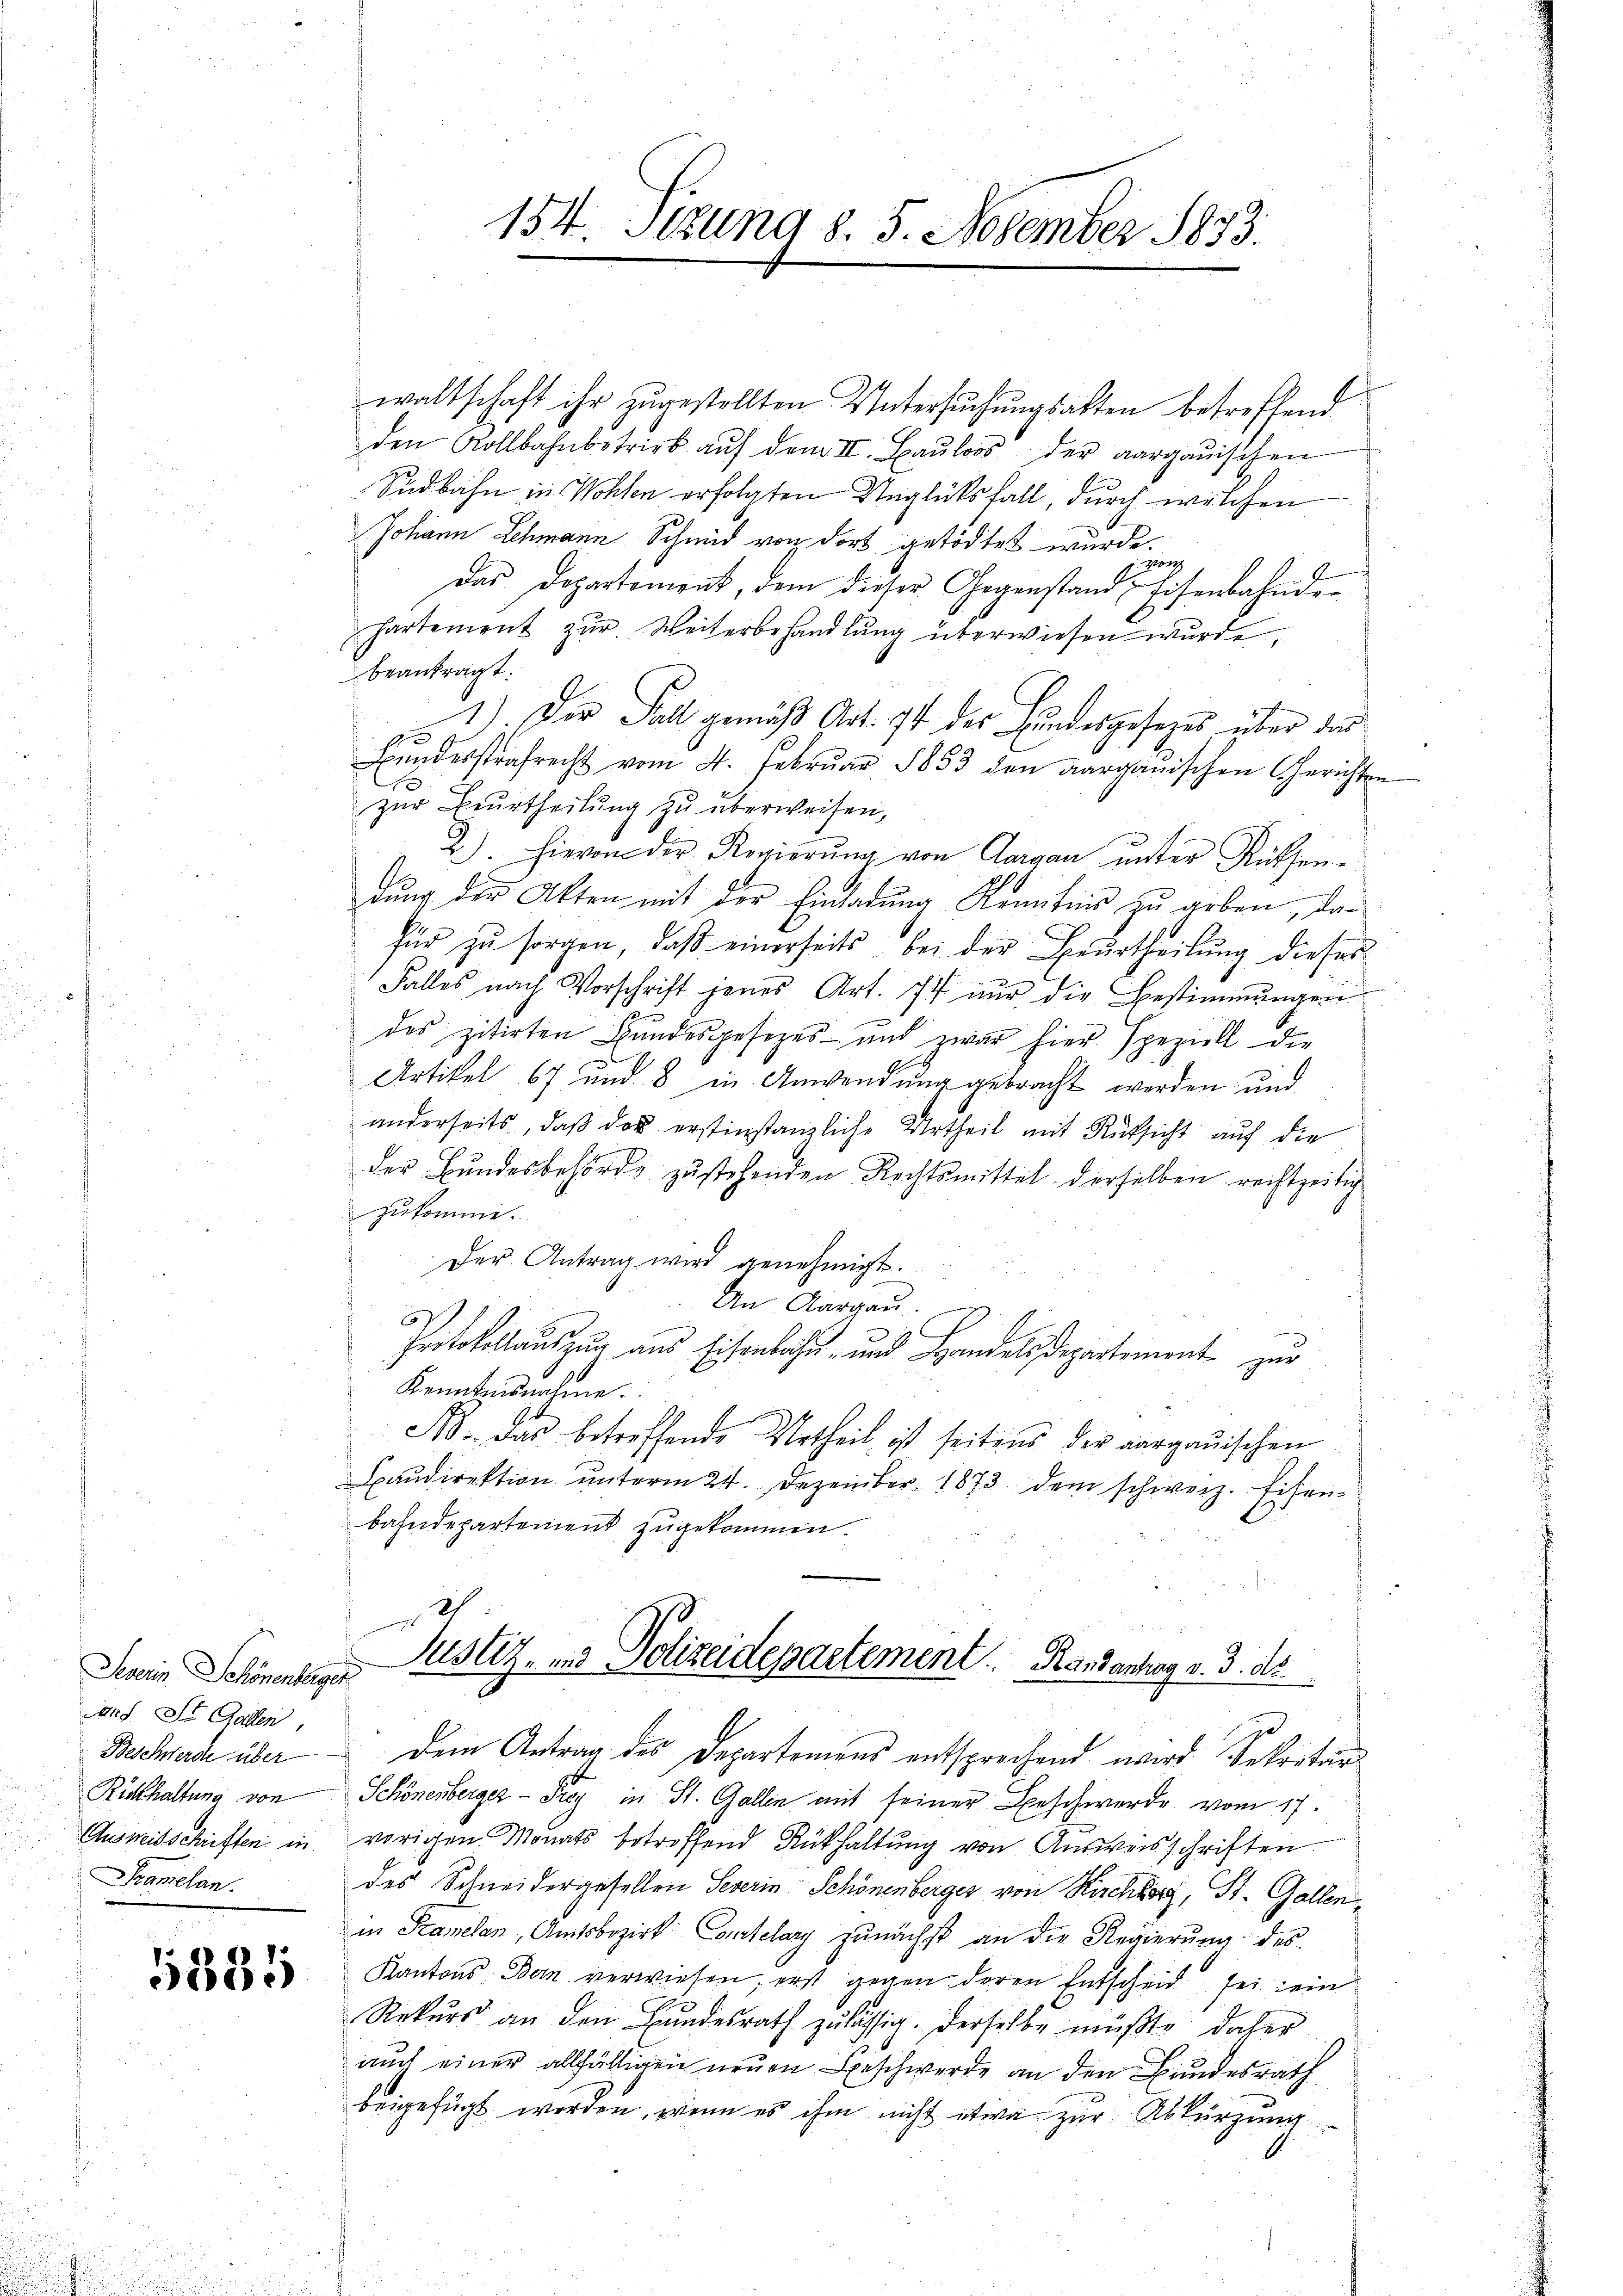
u

Severin Schönenberget
auf St. Gallen
Beschwerde über
Rickhaltung von
Ausweisschriften in
Pramelan

5885

154. Fezung d. 5. November 1833.

waltschaft ihr zugestellten Untersuchungsakten betreffend
den Rollbahnbetrieb aŭf dem II. Baŭloos der aargauischen
Südbahn in Wohlen erfolgten Unglücksfall durch welchen
Johann Schmann Schmid von dort getödtet wurde.
g
Das Departement, dem dieser Gegenstand Eisenbahnde
Partement zur Weiterbehandlung überwiesen wurde,
beantragt:
1.) Der Fall gemäß Art. 74 des Bundesgesezes über das
s
Bundesstrafrecht vom 4. Februar 1853 den aarganischen Gerichten
zŭr Beurtheilŭng zŭ überweisen,
2). Hievon der Regierŭng von Aargau ŭnter Rücksen-
dung der Akten mit der Einladung Kenntnis zu geben, dafür zŭ sorgen, daβ einerseits bei der Beurtheilung dieses
Falles nach Vorschrift jenes Art. 74 nŭr die Bestimmungen
des zitirten Bundesgesezes- und zwar hier speziell der
Artikel 67 und 8 in Anwendung gebracht werden und
anderseits, daß das erstinstanzliche Urtheil mit Rücksicht auf die
der Bŭndesbehörde zustehenden Rechtsmittel derselben rechtzeitig
zukomme.
Der Antrag wird genehmigt.
An Aargau.
5
Protokollauszug aus Eisenbahn- und Handelsdepartement zur
Kenntnisnahme.
Ns. das betreffende Urtheil ist seitens der aargauischen
Baudirektion unterm 24. Dezember 1873 dem schweiz. Eisenbahndepartement zugekommen.
e
Justiz- und Polizeidepartement.   Randantag v. 3. ds.
Dem Antrag des Departemens entsprechend wird Sekretär
Schönenberger - Frey in St. Gallin mit seiner Beschwerde vom 17.
vorigen Monats betreffend Rükhaltung von Ausweisschriften
des Schneidergesellen Severin Schönenberger von Kirchhor, St. Gallen,
in Kamelan, Amtsbezirk Comtelary zunächst an die Regierŭng des
Kantons Bern verwiesen, erst gegen deren Entscheid sei ein
Rekŭrs an den Bŭndesrath zulässig. Derselbe müßte daher
auch einer allfältigen neuen Beschwerde an den Bundesrath
beigefügt worden, wenn es ihm nicht etwa zur Abkürzung